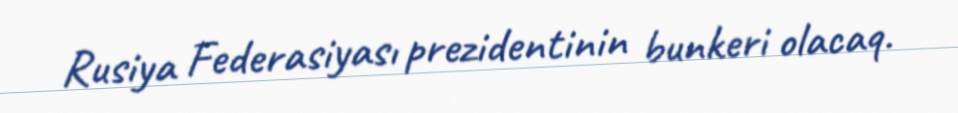
Rusiya Federasiyası prezidentinin bunkeri olacaq.